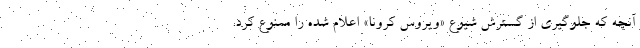
آنچه که جلوگیری از گسترش شیوع «ویروس کرونا» اعلام شده را ممنوع کرد.